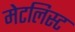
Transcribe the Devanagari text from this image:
मेटलिस्ट